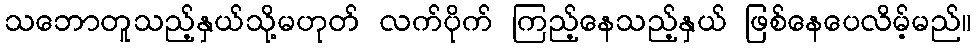
သဘောတူသည့်နှယ်သို့မဟုတ် လက်ပိုက် ကြည့်နေသည့်နှယ် ဖြစ်နေပေလိမ့်မည်။